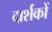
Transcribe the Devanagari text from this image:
दार्शकों